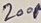
Text: 200µ